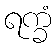
ရက္ခံ